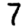
Digit: 7